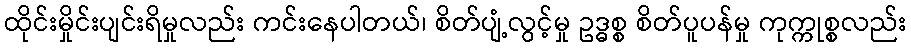
ထိုင်းမှိုင်းပျင်းရိမှုလည်း ကင်းနေပါတယ်၊ စိတ်ပျံ့လွင့်မှု ဥဒ္ဓစ္စ စိတ်ပူပန်မှု ကုက္ကုစ္စလည်း